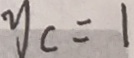
y _ { c } = 1